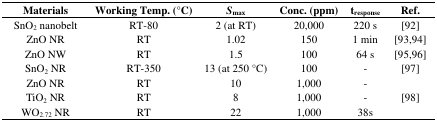
<table><thead><tr><td><b>Materials</b></td><td><b>Working Temp. (°C)</b></td><td><b><i>S</i><sub>max</sub></b></td><td><b>Conc. (ppm)</b></td><td><b>t<sub>response</sub></b></td><td><b>Ref.</b></td></tr></thead><tbody><tr><td>SnO<sub>2</sub> nanobelt</td><td>RT-80</td><td>2 (at RT)</td><td>20,000</td><td>220 s</td><td>[92]</td></tr><tr><td>ZnO NR</td><td>RT</td><td>1.02</td><td>150</td><td>1 min</td><td>[93,94]</td></tr><tr><td>ZnO NW</td><td>RT</td><td>1.5</td><td>100</td><td>64 s</td><td>[95,96]</td></tr><tr><td>SnO<sub>2</sub> NR</td><td>RT-350</td><td>13 (at 250 °C)</td><td>100</td><td>-</td><td rowspan="2">[97]</td></tr><tr><td>ZnO NR</td><td>RT</td><td>10</td><td>1,000</td><td>-</td></tr><tr><td>TiO<sub>2</sub> NR</td><td>RT</td><td>8</td><td>1,000</td><td>-</td><td rowspan="2">[98]</td></tr><tr><td>WO<sub>2.72</sub> NR</td><td>RT</td><td>22</td><td>1,000</td><td>38s</td></tr></tbody></table>